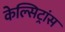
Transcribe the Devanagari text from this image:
केल्सिट्रांस